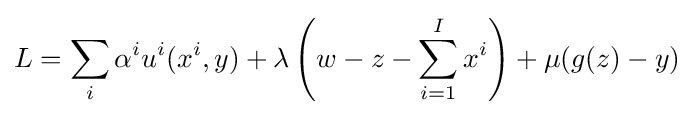
L=\sum _{i}\alpha ^{i}u^{i}(x^{i},y)+\lambda \left(w-z-\sum _{i=1}^{I}x^{i}\right)+\mu (g(z)-y)